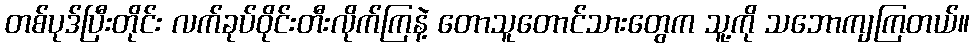
တစ်ပုဒ်ပြီးတိုင်း လက်ခုပ်ဝိုင်းတီးလိုက်ကြနဲ့ တောသူတောင်သားတွေက သူ့ကို သဘောကျကြတယ်။